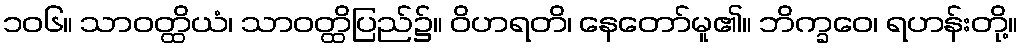
၁၀၆။ သာဝတ္ထိယံ၊ သာဝတ္ထိပြည်၌။ ဝိဟရတိ၊ နေတော်မူ၏။ ဘိက္ခဝေ၊ ရဟန်းတို့။